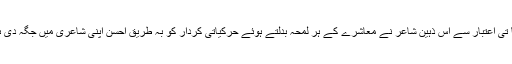
نفسیا تی اعتبار سے اس ذہین شاعر نے معاشرے کے ہر لمحہ بدلتے ہوئے حرکیاتی کردار کو بہ طریق احسن اپنی شاعری میں جگہ دی ہے ۔